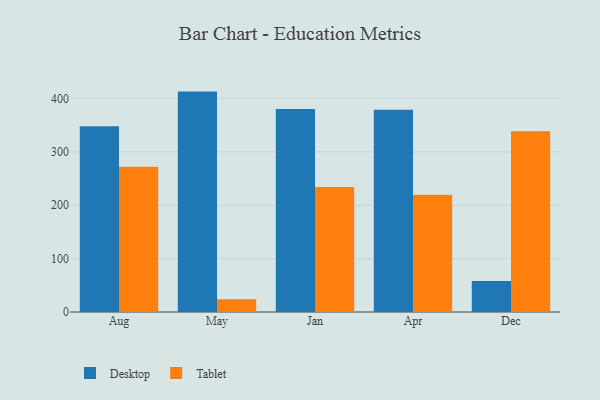
{"axis": {"x": "Month", "y": "Satisfaction Score"}, "legend": ["Desktop", "Tablet"], "data": [{"x": "Aug", "y": 348.1, "type": "Desktop"}, {"x": "Aug", "y": 272.4, "type": "Tablet"}, {"x": "May", "y": 413.0, "type": "Desktop"}, {"x": "May", "y": 24.1, "type": "Tablet"}, {"x": "Jan", "y": 380.6, "type": "Desktop"}, {"x": "Jan", "y": 234.3, "type": "Tablet"}, {"x": "Apr", "y": 378.8, "type": "Desktop"}, {"x": "Apr", "y": 219.7, "type": "Tablet"}, {"x": "Dec", "y": 58.2, "type": "Desktop"}, {"x": "Dec", "y": 338.9, "type": "Tablet"}]}